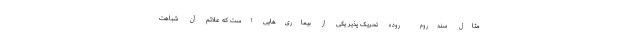
مثال سندروم روده تحریک پذیر یکی از بیماری‌هایی است که علائم آن شباهت